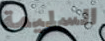
السليمة